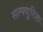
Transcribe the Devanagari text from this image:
सल्फ्यूरिल